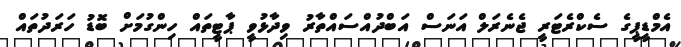
އެމްޑީޕީގެ ސެކްރެޓަރީ ޖެނެރަލް އަނަސް އަބްދުއްސައްތާރު ވިދާޅުވީ ޕާޓީތައް ހިންގުމަށް ބޮޑު ހަރަދުތައް